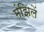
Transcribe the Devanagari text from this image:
मंझिलें